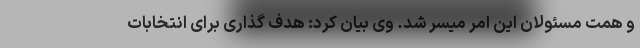
و همت مسئولان این امر میسر شد. وی بیان کرد: هدف گذاری برای انتخابات